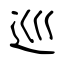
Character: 巡